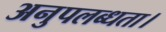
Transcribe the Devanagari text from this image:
अनुपलब्धता।